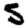
Digit: 5